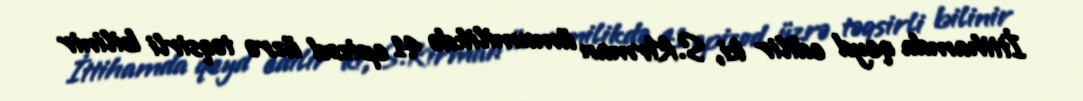
İttihamda qeyd edilir ki, S.Kirman ümumilikdə 41 epizod üzrə təqsirli bilinir